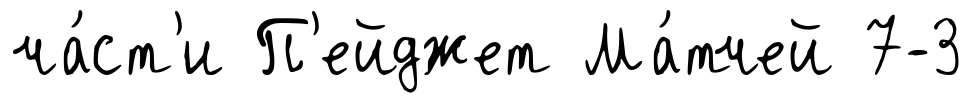
ча́ст'и П'ейджет Ма́тчей 7-3